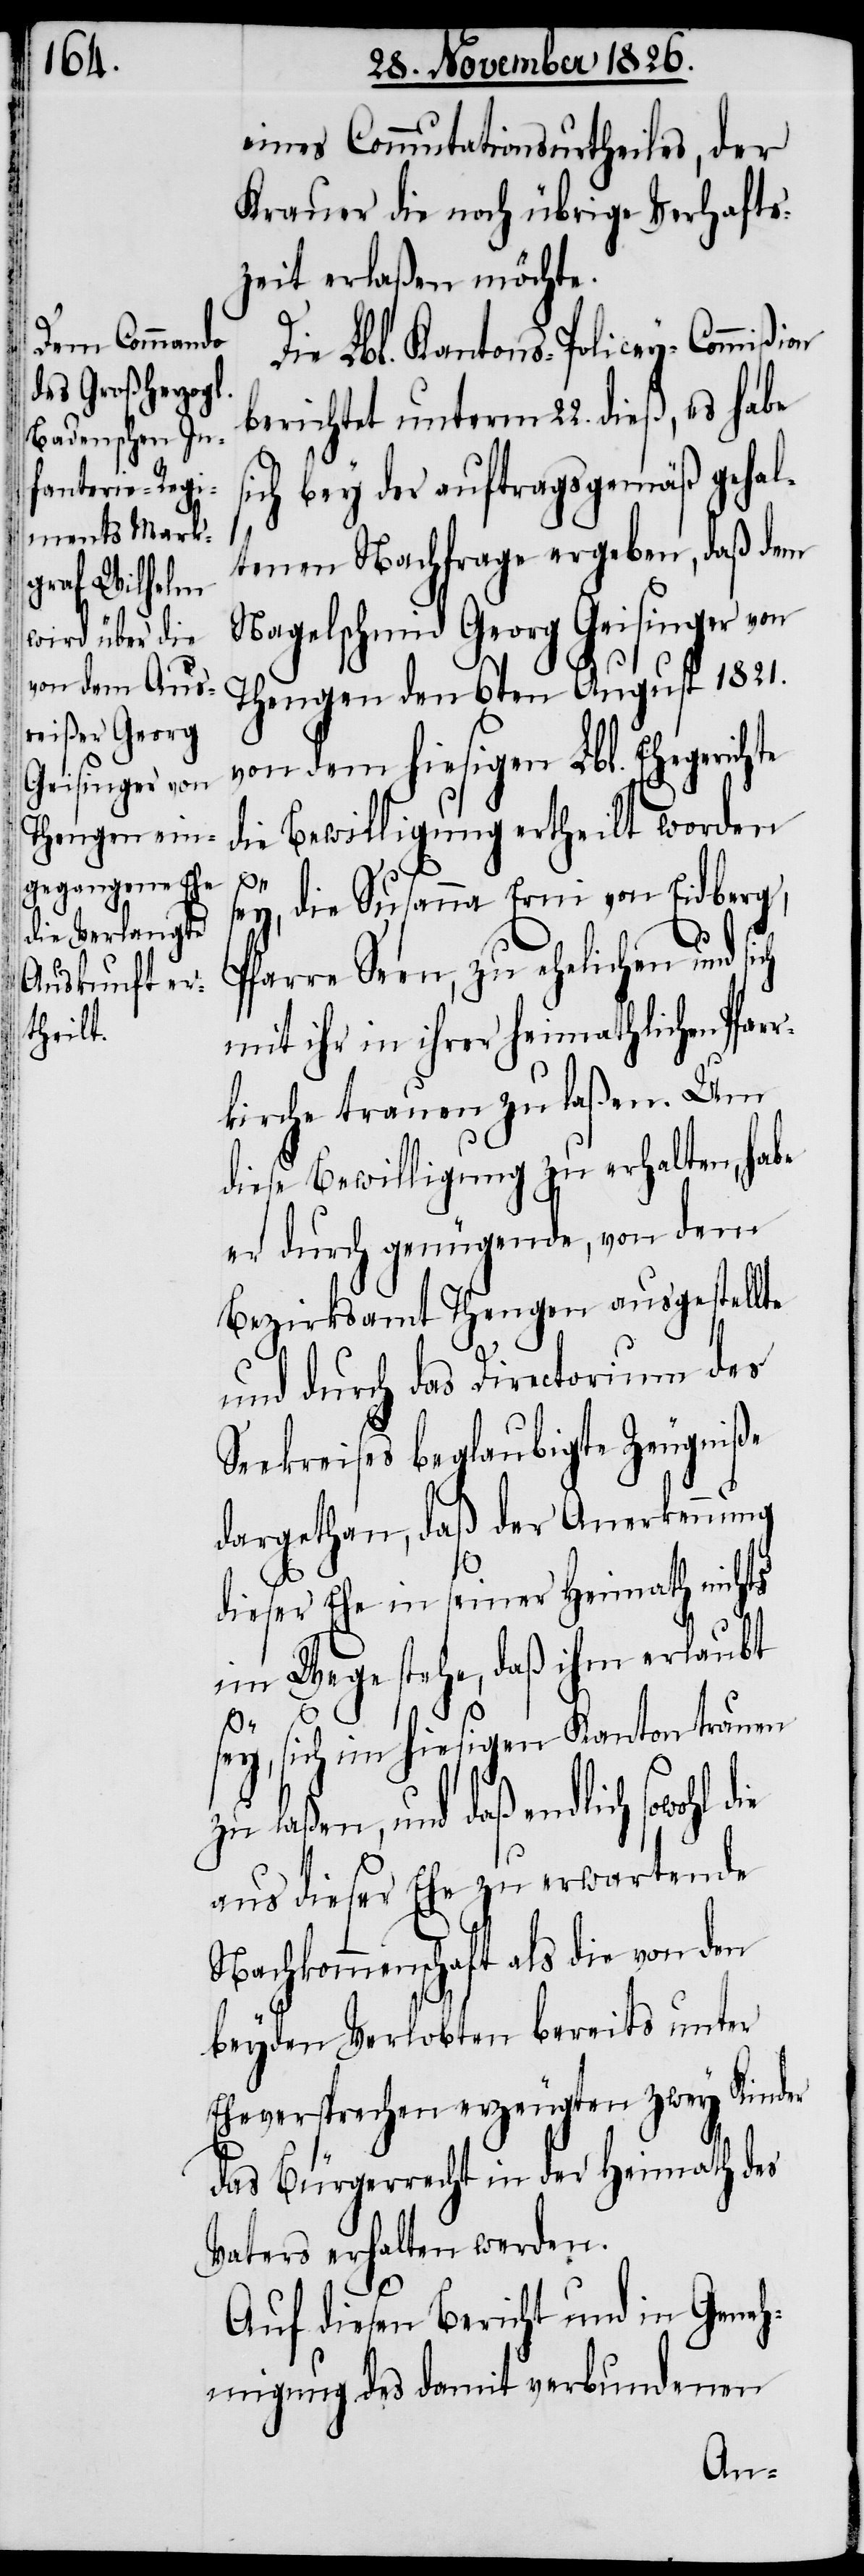
eines Commutationsurtheiles, der
Krauer die noch übrige Verhafts¬
zeit erlaßen möchte.
Die Lbl. Kantons-Policey-Commißion
berichtet unterm 22. dieß, es habe
sich bey der auftragsgemäß gehal¬
tenen Nachfrage ergeben, daß dem
Nagelschmid Georg Geisinger von
Thengen den 6ten August 1821.
von dem hiesigen Lbl. Ehegerichte
die Bewilligung ertheilt worden
s¬
ey, die Susanna Erni von Eidberg,
Pfarre Seen, zu ehelichen und
mit ihr in ihrer heimatlichen Pfar¬
rkirche trauen zu laßen. Um
diese Bewilligung zu erhalten, habe
er durch genügende, von dem
Bezirksamt Thengen ausgestellte
und durch das Directorium des
Seekreises beglaubigte Zeugniße
dargethan, daß der Anerkennung
dieser Ehe in seiner Heimath nichts
im Wege stehe, daß ihm erlaubt
sey, sich im hiesigen Kanton trauen
zu laßen, und daß endlich sowohl
aus dieser Ehe zu erwartende
Nachkommenschaft als die von den
beyden Verlobten bereits unter
Eheversprechen erzeugten zwey Kinder
das Bürgerrecht in der Heimath des
Vaters erhalten werden.
Auf diesen Bericht und in Geneh¬
migung des damit verbundenen